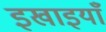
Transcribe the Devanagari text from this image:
इखाइयाँ